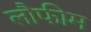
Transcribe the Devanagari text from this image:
लौफीम